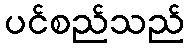
ပင်စည်သည်